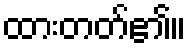
ထားတတ်၏။